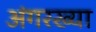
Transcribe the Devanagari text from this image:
अंगरख्या